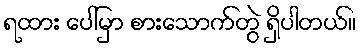
ရထား ပေါ်မှာ စားသောက်တွဲ ရှိပါတယ်။